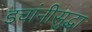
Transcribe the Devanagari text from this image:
डचांनीसुद्धा